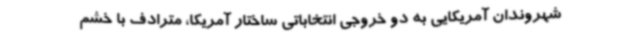
شهروندان آمریکایی به دو خروجی انتخاباتی ساختار آمریکا، مترادف با خشم